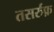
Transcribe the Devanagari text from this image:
तसर्रुफ़